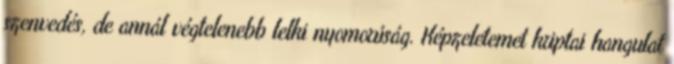
szenvedés, de annál végtelenebb lelki nyomorúság. Képzeletemet kriptai hangulat